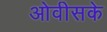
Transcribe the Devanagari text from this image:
ओवीसके